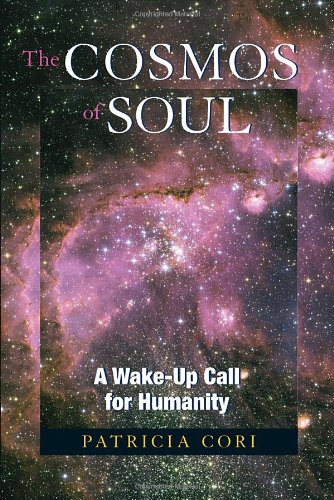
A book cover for The Cosmos of Soul: A Wake-Up Call For Humanity (Sirian Revelations); Patricia Cori; Religion & Spirituality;